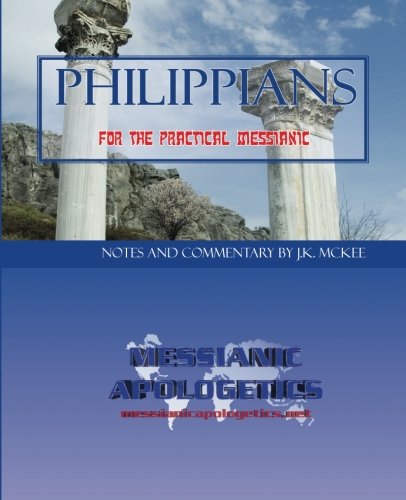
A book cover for Philippians for the Practical Messianic; J.K. McKee; Christian Books & Bibles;